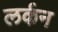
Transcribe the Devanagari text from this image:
लर्कन